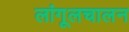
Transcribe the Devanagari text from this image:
लांगूलचालन